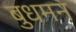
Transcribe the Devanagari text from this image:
बुधमन